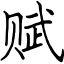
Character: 赋